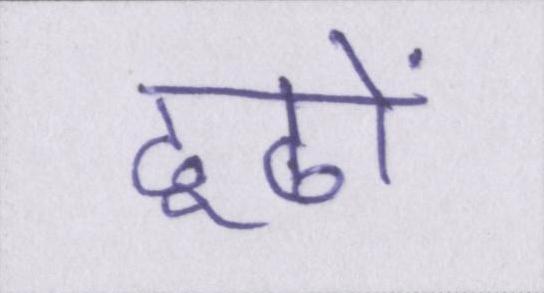
ढूढों